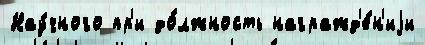
Нау́чного пр'и до́лжность награжд'е́н'иjи